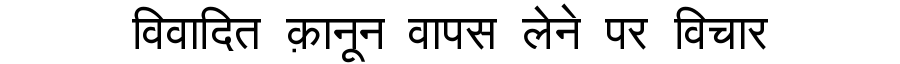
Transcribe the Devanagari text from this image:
विवादित क़ानून वापस लेने पर विचार